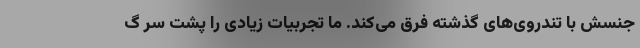
جنسش با تندروی‌های گذشته فرق می‌کند. ما تجربیات زیادی را پشت سر گ